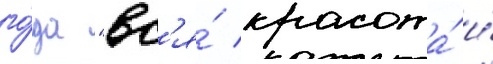
го́да "вс'я́ красота́ и́